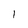
Character: 1